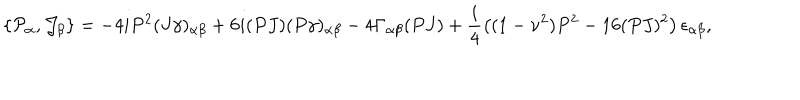
\{ { \cal P } _ { \alpha } , { \cal J } _ { \beta } \} = - 4 i P ^ { 2 } ( J \gamma ) _ { \alpha \beta } + 6 i ( P J ) ( P \gamma ) _ { \alpha \beta } - 4 \Gamma _ { \alpha \beta } ( P J ) + \frac { i } { 4 } \left( ( 1 - \nu ^ { 2 } ) P ^ { 2 } - 1 6 ( P J ) ^ { 2 } \right) \epsilon _ { \alpha \beta } ,